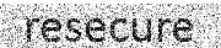
resecure